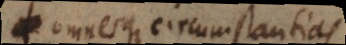
omnesque circumstantias